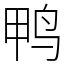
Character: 鸭